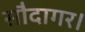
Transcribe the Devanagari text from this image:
सौदागर।